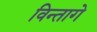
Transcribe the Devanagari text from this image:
विन्तागे